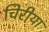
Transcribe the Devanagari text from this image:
चिरीया